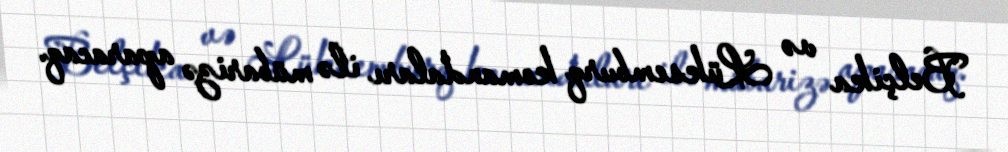
Belçika və Lüksemburq komandaları ilə mübarizə aparacaq.